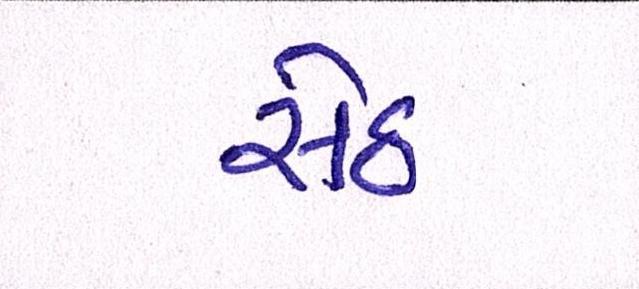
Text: સેઠ